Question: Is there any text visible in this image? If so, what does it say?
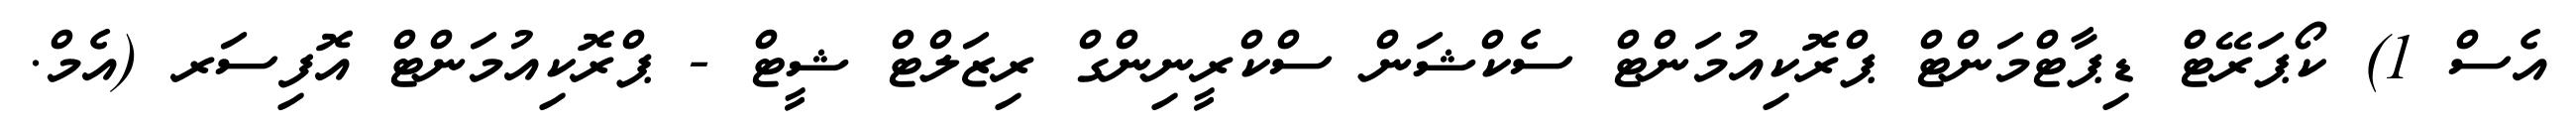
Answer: އެސް 1) ކޯޕަރޭޓް ޑިޕާޓްމަންޓް ޕްރޮކިއުމަންޓް ސެކްޝަން ސްކްރީނިންގް ރިޒަލްޓް ޝީޓް - ޕްރޮކިއުމަންޓް އޮފިސަރ (އެމް.